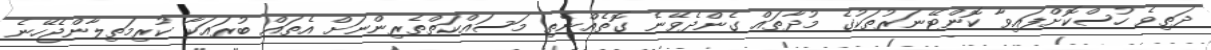
ދަތިވެ ހުސްކޮށްފައިވާ ކޮންޓޭނަރުތަކުގެ މުދާތައް ގެންދެވޭނެ ގޮތެއްނެތި މަސައްކަތްތެރިންނަށް އެތައް ބުރައަކާ ކުރިމަތިލާންޖެހޭނެ